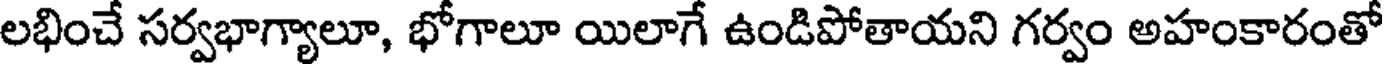
లభించే సర్వభాగ్యాలూ, భోగాలూ యిలాగే ఉండిపోతాయని గర్వం అహంకారంతో